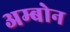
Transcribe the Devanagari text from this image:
अम्बोन